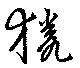
猟